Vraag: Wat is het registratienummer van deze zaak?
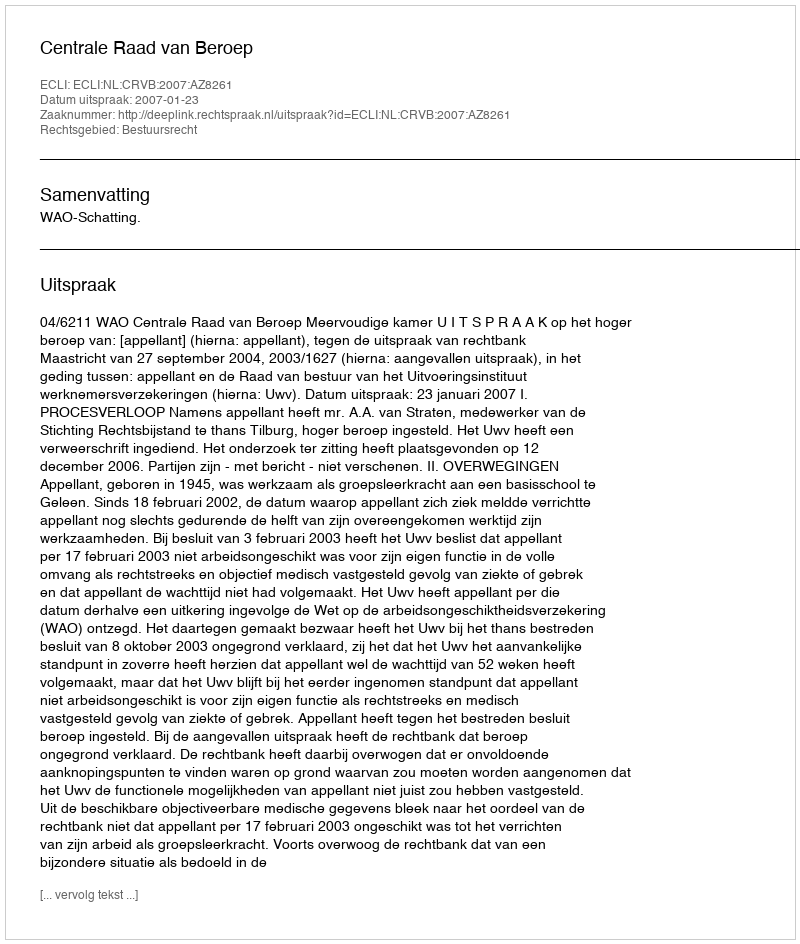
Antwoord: http://deeplink.rechtspraak.nl/uitspraak?id=ECLI:NL:CRVB:2007:AZ8261